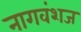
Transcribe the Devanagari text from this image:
नागवंशज